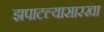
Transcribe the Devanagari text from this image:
झपाटल्यासारखा